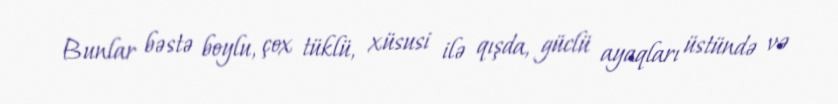
Bunlar bəstə boylu, çox tüklü, xüsusi ilə qışda, güclü ayaqları üstündə və